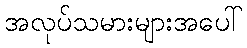
အလုပ်သမားများအပေါ်